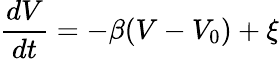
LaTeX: \frac{dV}{dt}=-\beta(V-V_{0})+\xi